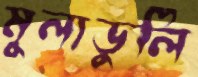
মুলাডুলি